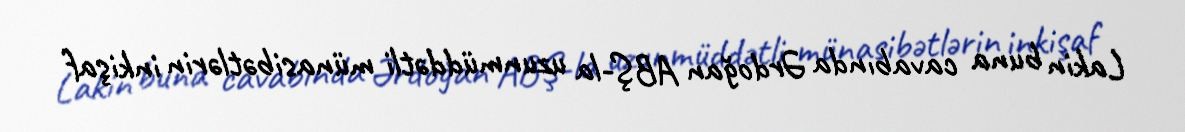
Lakin buna cavabında Ərdoğan ABŞ-la uzunmüddətli münasibətlərin inkişaf